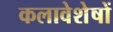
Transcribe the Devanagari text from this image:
कलावेशेषों